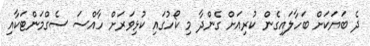
ދެ ބަޔަކަށް ބަހާލައިގެން ކުރިއަށް ގެންދާ މި ކޯހުގައި ކުޅިވަރަށް ހާއްސަ ސެގްމަންޓަކާއި